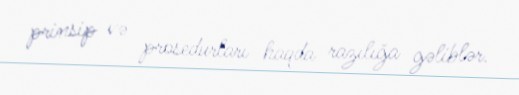
prinsip və prosedurları haqda razılığa gəliblər.